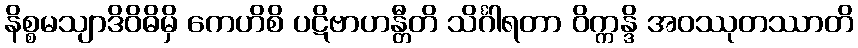
နိစ္စမသျာဒိဝိဓိမှိ ကေဟိစိ ပဋိဗာဟန္တီတိ သိင်္ဂါရတာ ဝိက္ကန္ဒိ အဝဿုတဿာတိ